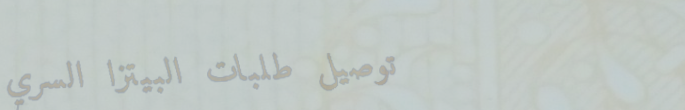
توصيل طلبات البيتزا السري